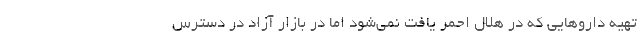
تهیه داروهایی که در هلال احمر یافت نمی‌شود اما در بازار آزاد در دسترس